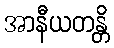
အာနီယတန္တိ